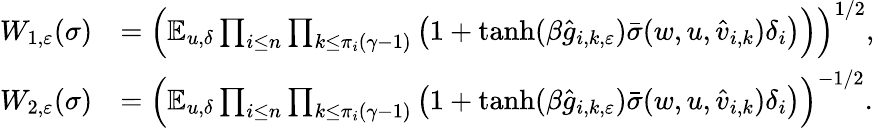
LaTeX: \begin{array}{rl}{W_{1,\varepsilon}(\sigma)}&{=\Bigl(\mathbb E_{u,\delta}\prod_{i\leq n}\prod_{k\le\pi_{i}(\gamma-1)}\big(1+\operatorname{tanh}(\beta\hat{g}_{i,k,\varepsilon})\bar{\sigma}(w,u,\hat{v}_{i,k})\delta_{i}\big)\Bigr)\Bigr)^{1/2},}\\ {W_{2,\varepsilon}(\sigma)}&{=\Bigl(\mathbb E_{u,\delta}\prod_{i\le n}\prod_{k\le\pi_{i}(\gamma-1)}\big(1+\operatorname{tanh}(\beta\hat{g}_{i,k,\varepsilon})\bar{\sigma}(w,u,\hat{v}_{i,k})\delta_{i}\big)\Bigr)^{-1/2}.}\end{array}